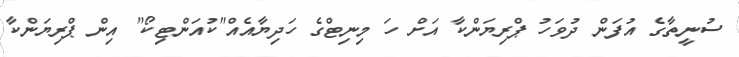
ސުނީތާގެ އުފަން ދުވަހު ޕްރިޔަންކާ އަށް ހަ މިނިޓްގެ ހަދިޔާއެއް"ކުއަންޓިކޯ" އިން ޕްރިޔަންކާ